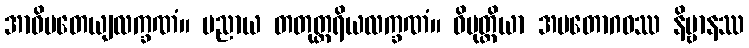
အာဓိပတေယျလက္ခဏံ။ ပညာယ တတုတ္တရိယလက္ခဏံ။ ဝိမုတ္တိယာ အမတောဂဓဿ နိဗ္ဗာနဿ